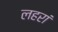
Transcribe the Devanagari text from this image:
लहरां